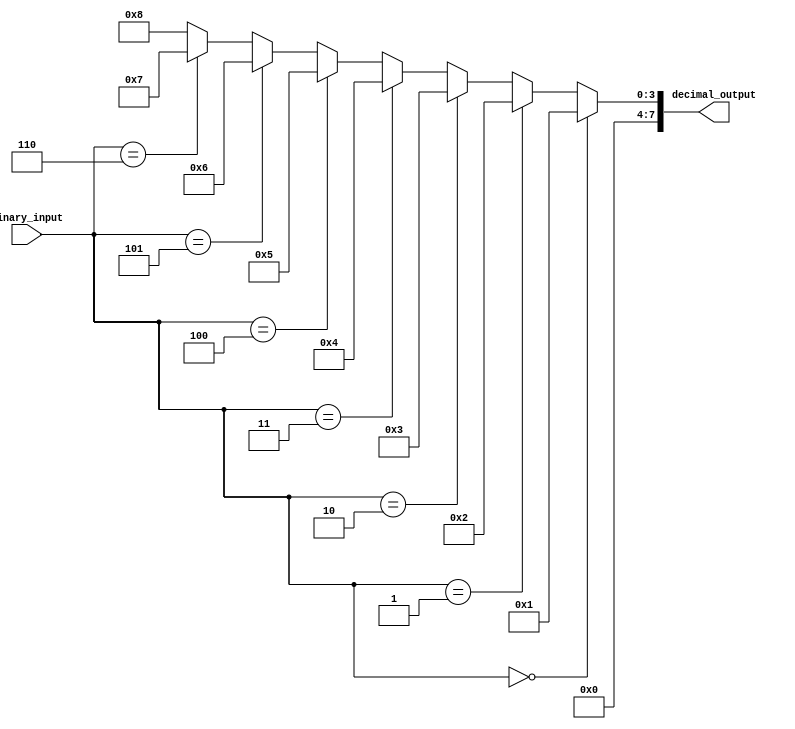
module decimal_decoder (
    input [N-1:0] binary_input,
    output [M-1:0] decimal_output
);

// Parameter definitions
parameter N = 3; // Number of bits in binary input
parameter M = 2**N; // Number of bits in decimal output

// Output assignment
assign decimal_output = (binary_input == 3'b000) ? 4'b0001 :
                         (binary_input == 3'b001) ? 4'b0010 :
                         (binary_input == 3'b010) ? 4'b0011 :
                         (binary_input == 3'b011) ? 4'b0100 :
                         (binary_input == 3'b100) ? 4'b0101 :
                         (binary_input == 3'b101) ? 4'b0110 :
                         (binary_input == 3'b110) ? 4'b0111 :
                                                  4'b1000;

endmodule